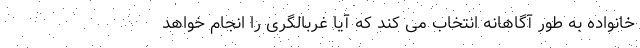
خانواده به طور آگاهانه انتخاب می کند که آیا غربالگری را انجام خواهد